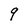
Character: 9